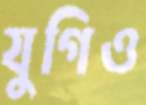
যুগিও